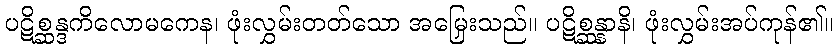
ပဋိစ္ဆန္ဒကိလောမကေန၊ ဖုံးလွှမ်းတတ်သော အမြှေးသည်။ ပဋိစ္ဆန္နာနိ၊ ဖုံးလွှမ်းအပ်ကုန်၏။